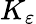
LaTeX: K_{\varepsilon}